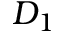
D _ { 1 }